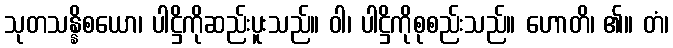
သုတသန္နိစယော၊ ပါဋ္ဌိကိုဆည်းပူးသည်။ ဝါ၊ ပါဋ္ဌိကိုစုစည်းသည်။ ဟောတိ၊ ၏။ တံ၊